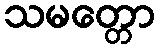
သမတ္တော